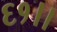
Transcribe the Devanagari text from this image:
६१।।